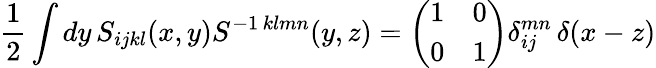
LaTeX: \frac{1}{2}\int dy\, S_{ijkl}(x,y)S^{-1\, klmn}(y,z)=\left(\begin{array}{cc}{{1}}&{{0}}\\ {{0}}&{{1}}\end{array}\right)\delta_{ij}^{mn}\, \delta(x-z)